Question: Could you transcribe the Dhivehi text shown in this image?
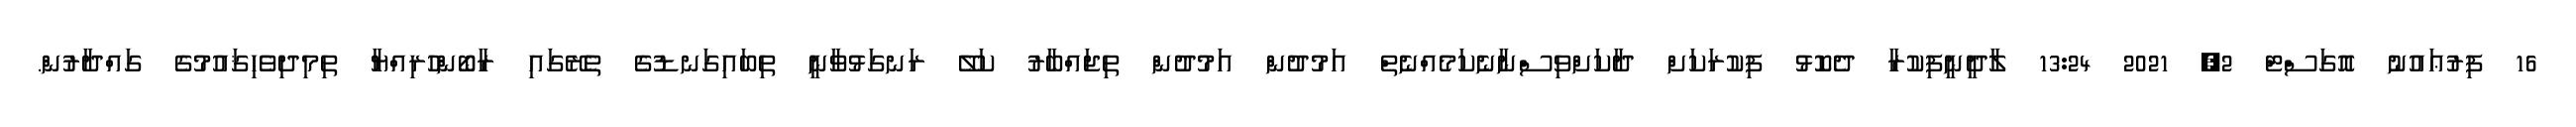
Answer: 16 ފިރުޢައުނު އޮގަސްޓް 2, 2021 13:24 ލާދީނީފިކުރާ ދެކޮޅު ފިކުރަކަށް ދާކަށްވިސްނާނެކަމެއްނެތް އަމުދުން އަމުދުން ތިޖައްބާރު ކަލޭ ރަނގަޅުވާނީ ތިބައިގަނޑުގެ ތެރޭގައި ރާބޯންހުރިއްޔާ ތިމިދިވެހިޤައުމުގެ ގައްދާރުން.